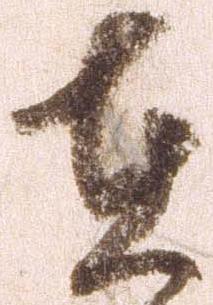
在